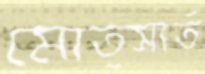
মোত্সার্ত